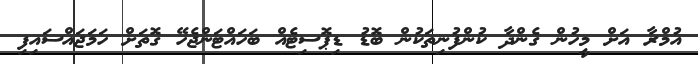
އުމްރާ އަށް މީހުން ގެންދާ ކުންފުނިތަކުން ބޮޑު ޑިޕޮސިޓެއް ބަހައްޓަންޖެހޭ ގޮތަށް ހަމަޖައްސައިފި